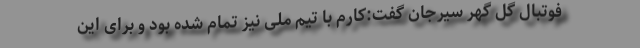
فوتبال گل گهر سیرجان گفت:کارم با تیم ملی نیز تمام شده بود و برای این